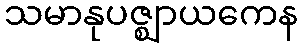
သမာနုပဇ္ဈာယကေန